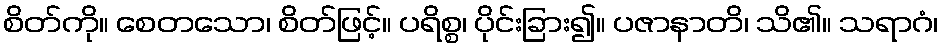
စိတ်ကို။ စေတသော၊ စိတ်ဖြင့်။ ပရိစ္စ၊ ပိုင်းခြား၍။ ပဇာနာတိ၊ သိ၏။ သရာဂံ၊